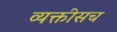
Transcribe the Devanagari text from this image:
व्यक्तीसच